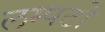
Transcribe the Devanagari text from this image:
लम्पटों